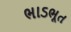
ભાડભૂત